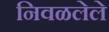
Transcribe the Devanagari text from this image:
निवळलेले